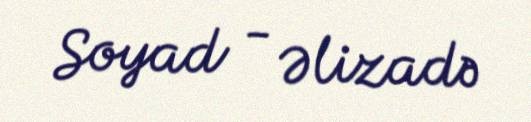
Soyad - Əlizadə